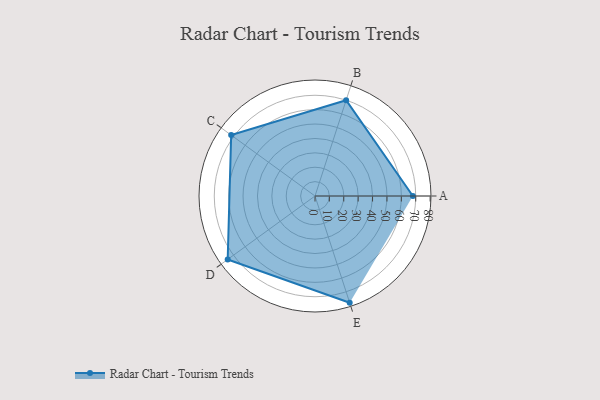
{"axis": {"x": "Skill", "y": "Score"}, "legend": ["Profile"], "data": [{"x": "A", "y": 68.0, "type": "Profile"}, {"x": "B", "y": 70.0, "type": "Profile"}, {"x": "C", "y": 72.0, "type": "Profile"}, {"x": "D", "y": 75.0, "type": "Profile"}, {"x": "E", "y": 78.0, "type": "Profile"}]}